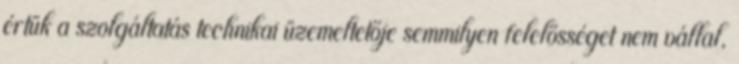
értük a szolgáltatás technikai üzemeltetője semmilyen felelősséget nem vállal,